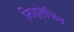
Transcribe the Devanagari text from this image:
निश्तेजित